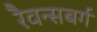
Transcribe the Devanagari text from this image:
रैवन्सबर्ग